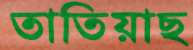
তাতিয়াছ